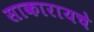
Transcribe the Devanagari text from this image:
साकारायचे